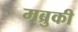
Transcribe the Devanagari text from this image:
मब्रुकी